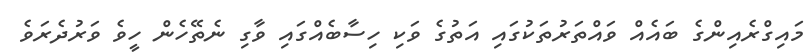
މައިގްރެއިންގެ ބައެއް ވައްތަރުތަކުގައި އަތުގެ ވަކި ހިސާބެއްގައި ވާގި ނެތޭހެން ހީވެ ވަރުދެރަވެ